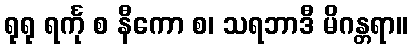
ရုရု ရင်္ကု စ နီကော စ၊ သရဘာဒီ မိဂန္တရာ။